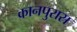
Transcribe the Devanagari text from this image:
कानपुरास